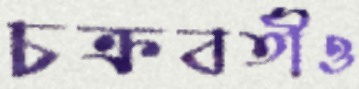
চক্রবর্তীও